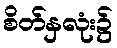
စိတ်နှလုံး၌